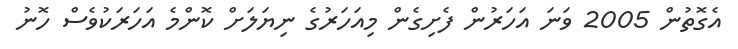
އެގޮތުން 2005 ވަނަ އަހަރުން ފެށިގެން މިއަހަރުގެ ނިޔަލަށް ކޮންމެ އަހަރަކުވެސް ހޮނު